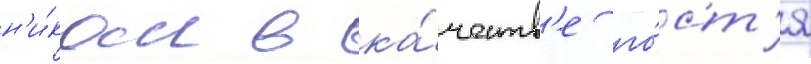
н'и́ком в ка́честв'е го́ст'я